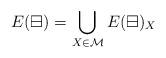
LaTeX: \begin{align*}E(\boxminus) = \bigcup_{X\in \mathcal M} E(\boxminus)_X \end{align*}